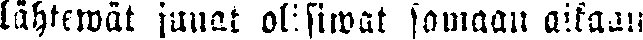
lähtewät junat olisiwat samaan aikaan